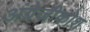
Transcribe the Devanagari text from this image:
अंग्रेजीकोश